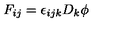
F _ { i j } = \epsilon _ { i j k } D _ { k } \phi